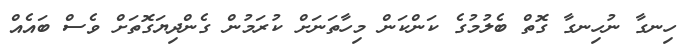
ހިނގާ ނުހިނގާ ގޮތް ބެލުމުގެ ކަންކަން މިހާތަނަށް ކުރަމުން ގެންދިޔަގޮތަށް ވެސް ބައެއް